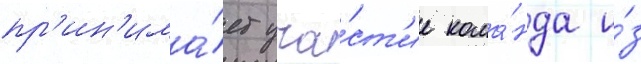
пр'ин'има́ет уча́ст'ие кома́нда и́з